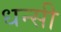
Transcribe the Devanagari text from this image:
धन्सी